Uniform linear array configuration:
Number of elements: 8
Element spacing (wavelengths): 0.5
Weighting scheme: cosine
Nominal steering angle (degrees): -30
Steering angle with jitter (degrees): -28.267
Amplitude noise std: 0.05
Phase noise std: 0.05

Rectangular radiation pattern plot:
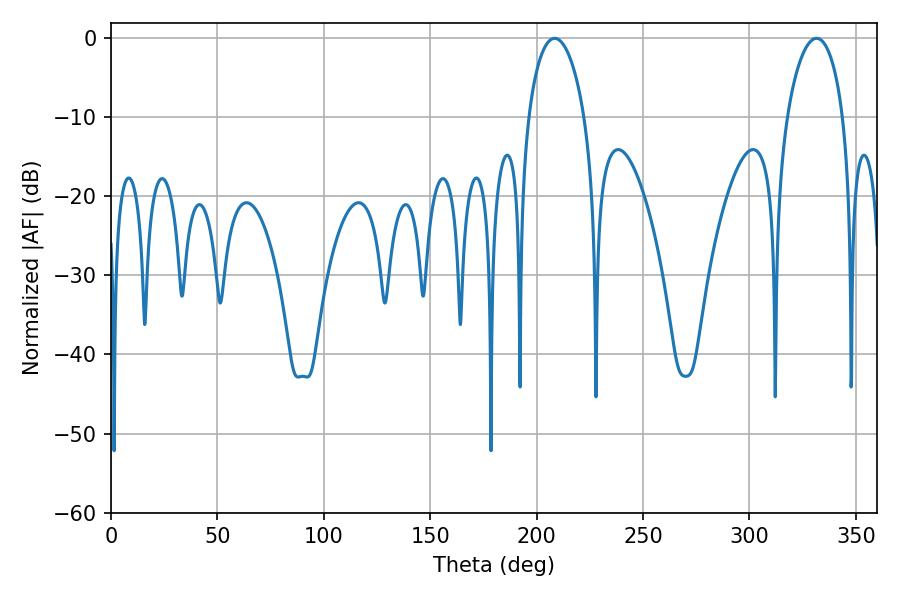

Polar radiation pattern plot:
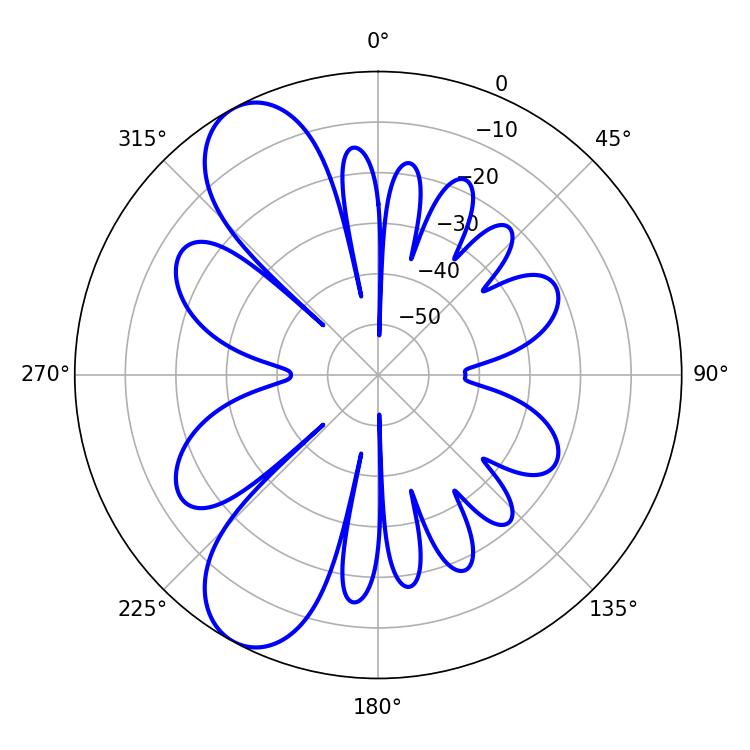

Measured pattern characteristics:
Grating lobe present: FALSE
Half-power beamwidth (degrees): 15.12
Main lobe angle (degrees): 208.44